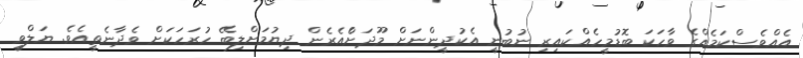
އެއްވެސްކަމެއްގެ ވާހަކަ ބޮޑުމީހެއްކައިރި ނުބުނީ އެކުދީންނަށް މޫދަށްެއެރެން ދިޔުމަށްލިބޭ ހުރަހަކަށް ވެދާނެތީއެވެ. ޔަލްވީ